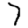
Digit: 7